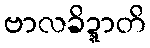
ဗာလခိဍ္ဍာတိ